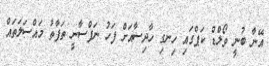
އޭނާ ބުނީ ވޯލްޑް ކަޕްގައި ހިނގި ހާދިސާއަށް ފަހު ނަފްސާނީ ތަފާތު މައްސަލަތައް